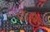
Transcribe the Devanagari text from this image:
प्रॉमिनेड